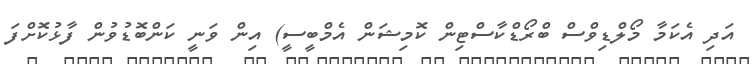
އަދި އެކަމާ މޯލްޑިވްސް ބްރޯޑްކާސްޓިން ކޮމިޝަން އެމްބީސީ) އިން ވަނީ ކަންބޮޑުވުން ފާޅުކޮށްފަ